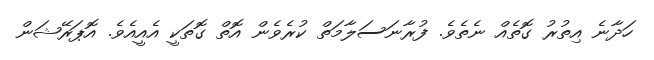
ހަދާނެ އިތުރު ގޮތެއް ނެތެވެ. ފުރާނަސަލާމަތް ކުރެވެން އޮތް ގޮތަކީ އެއީއެވެ. އޮޕަރޭޝަން